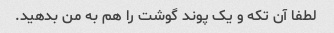
لطفا آن تکه و یک پوند گوشت را هم به من بدهید.